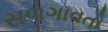
સળગાવતો